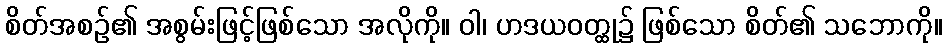
စိတ်အစဉ်၏ အစွမ်းဖြင့်ဖြစ်သော အလိုကို။ ဝါ၊ ဟဒယဝတ္ထု၌ ဖြစ်သော စိတ်၏ သဘောကို။